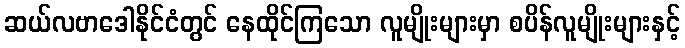
ဆယ်လဗာဒေါနိုင်ငံတွင် နေထိုင်ကြသော လူမျိုးများမှာ စပိန်လူမျိုးများနှင့်